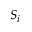
S _ { i }